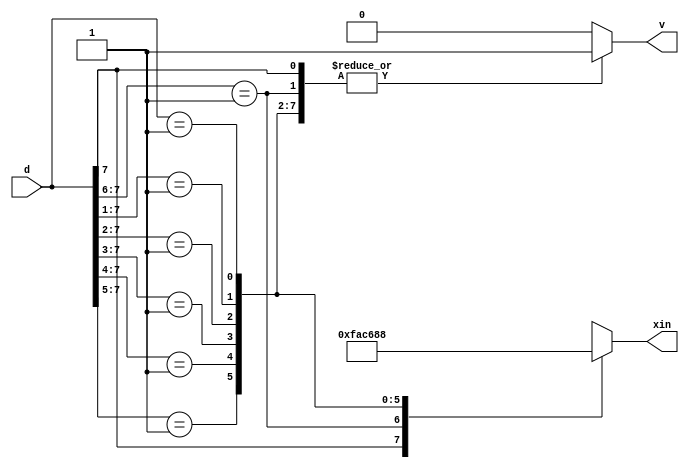
module priority_encoder(d,xin,v);


input [7:0] d;
output [2:0] xin;
output v;

reg v;
reg [2:0] xin;

always @(*) begin
    xin = #1 3'bX;
    v=1;
    casex (d)
        8'b 1XXXXXXX: begin
        xin = 3'b111;
        v = 1;
        end
        8'b 01XXXXXX: begin
        xin = 3'b110;
        v = 1;
        end
        8'b 001XXXXX: begin
        xin = 3'b101;
        v = 1;
        end
        8'b 0001XXXX: begin
        xin = 3'b100;
        v = 1;
        end
        8'b 00001XXX: begin
        xin = 3'b011;
        v = 1;
        end
        8'b 000001XX: begin
        xin = 3'b010;
        v = 1;
        end
        8'b 0000001X: begin
        xin = 3'b001;
        v = 1;
        end
        8'b 00000001: begin
        xin = 3'b000;
        v = 1;
        end
        default: begin
        xin =3'bX;
        v=0; 
        end
    endcase
    
end

endmodule